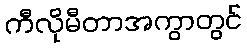
ကီလိုမီတာအကွာတွင်